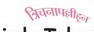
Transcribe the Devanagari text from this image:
त्रिचनापल्लीहून